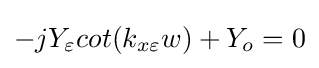
-jY_{\varepsilon }cot(k_{x\varepsilon }w)+Y_{o}=0